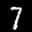
Label: 7